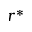
r ^ { * }